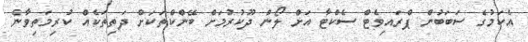
އެކަމުގެ ސަބަބުން ޕްރައިވެޓް ސެކްޓާ އަށް ލޯން ދޫކުރުމަށް ބޭންކްތަކަށް ދަތިތަކެއް ކުރިމަތިވާނެ